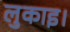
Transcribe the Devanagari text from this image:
लुकाइ।